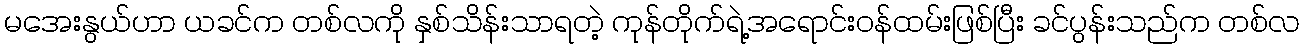
မအေးနွယ်ဟာ ယခင်က တစ်လကို နှစ်သိန်းသာရတဲ့ ကုန်တိုက်ရဲ့အရောင်းဝန်ထမ်းဖြစ်ပြီး ခင်ပွန်းသည်က တစ်လ